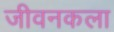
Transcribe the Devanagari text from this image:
जीवनकला